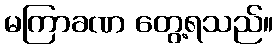
မကြာခဏ တွေ့ရသည်။